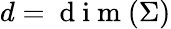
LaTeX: d=\mathrm{~d~i~m~}(\Sigma)